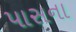
પાસના